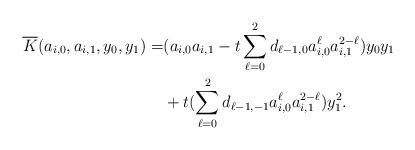
LaTeX: \begin{align*}\overline{K}(a_{i,0},a_{i,1}, y_0, y_1)= &(a_{i,0}a_{i,1} -t\sum_{\ell=0}^{2} d_{\ell-1,0} a_{i,0}^{\ell}a_{i,1}^{2-\ell})y_0y_1\\ &+ t(\sum_{\ell=0}^2 d_{\ell-1,-1}a_{i,0}^{\ell} a_{i,1}^{2-\ell})y_1^2. \end{align*}